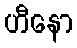
ဟီနော